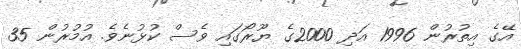
އޭގެ އިތުރުން 1996 އަދި 2000ގެ ޔޫރޯގައި ވެސް ކުޅުނެވެ. އުމުރުން 35